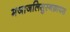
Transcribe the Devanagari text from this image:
मजाजलिसुस्नफ़ायस